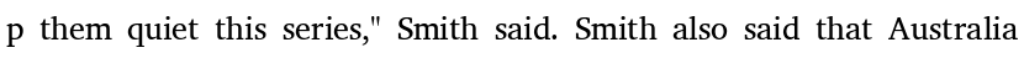
p them quiet this series," Smith said. Smith also said that Australia